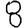
Digit: 8